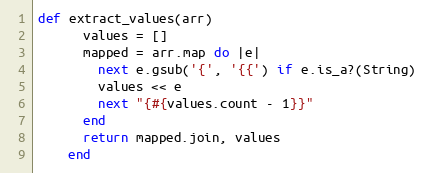
Language: Ruby
def extract_values(arr)
      values = []
      mapped = arr.map do |e|
        next e.gsub('{', '{{') if e.is_a?(String)
        values << e
        next "{#{values.count - 1}}"
      end
      return mapped.join, values
    end